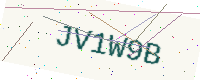
Text: JV1W9B